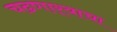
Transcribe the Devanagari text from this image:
चढणार्‍याचा